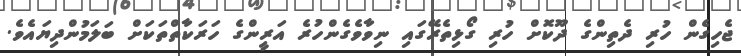
ޖެހިގެން ހުރި ދެތިންގެ ދޫކޮށް ހުރި ގޯޅިތެރޭގައި ނިވާވެގެންހުރެ އަރީންގެ ހަރަކާތްތަކަށް ބަލަމުންދިޔައެވެ.